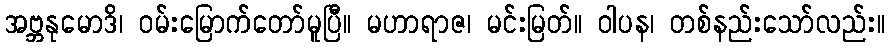
အဗ္ဘနုမောဒိ၊ ဝမ်းမြောက်တော်မူပြီ။ မဟာရာဇ၊ မင်းမြတ်။ ဝါပန၊ တစ်နည်းသော်လည်း။